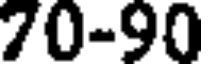
70-90